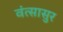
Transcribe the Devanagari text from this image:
वंत्सासुर